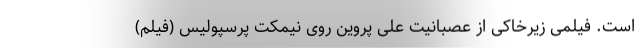
است. فیلمی زیرخاکی از عصبانیت علی پروین روی نیمکت پرسپولیس (فیلم)